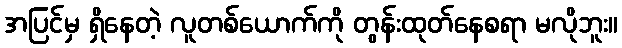
အပြင်မှ ရှိနေတဲ့ လူတစ်ယောက်ကို တွန်းထုတ်နေစရာ မလိုဘူး။